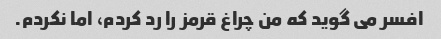
افسر می گوید که من چراغ قرمز را رد کردم، اما نکردم.